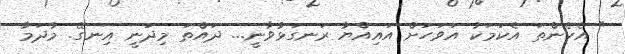
" އެހެންތަ އެކަމަކު އަވަހަށް އައިއްޔާ ރަނގަޅުވާނީ... ދައްތަ މިދަނީ އިނގޭ. މާދަމާ